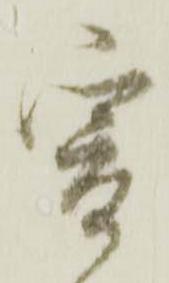
爰